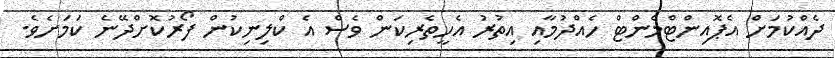
ދެއްކުމަށް އެޕޮއިންޓްމެންޓް ހެއްދުމާއި އިތުރު އެހީތެރިކަން ވެސް އެ ކްލިނިކުން ފޯރުކޮށްދޭނެ ކަމަށެވެ.